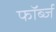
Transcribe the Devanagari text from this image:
फॉर्ब्ज